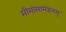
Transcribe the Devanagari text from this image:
मीमांसामंडनम्